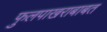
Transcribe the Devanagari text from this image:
फुलपाखराबाबत